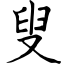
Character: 叟